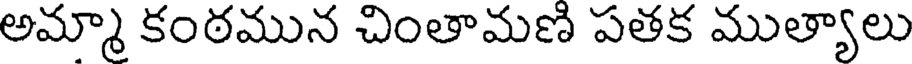
అమ్మా కంఠమున చింతామణి పతక ముత్యాలు